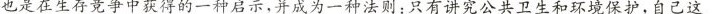
也是在生存竞争中获得的一种启示，并成为一种法则：只有讲究公共卫生和环境保护，自己这